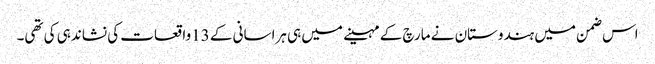
اس ضمن میں ہندوستان نے مارچ کے مہینے میں ہی ہراسانی کے 13واقعات کی نشاندہی کی تھی۔